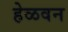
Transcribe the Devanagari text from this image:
हेळवन